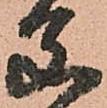
父